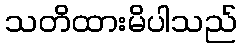
သတိထားမိပါသည်